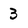
Character: 3